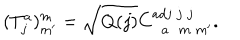
LaTeX: ( T _ { j } ^ { a } ) _ { m ^ { \prime } } ^ { m } = \sqrt { Q ( j ) } C _ { \; \; a \; \; m \; m ^ { \prime } } ^ { a d j \; j \; j } .